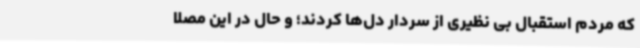
که مردم استقبال بی نظیری از سردار دل‌ها کردند؛ و حال در این مصلا